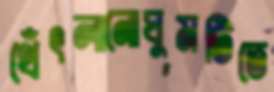
থেঁৎলানোঘুমটিতে